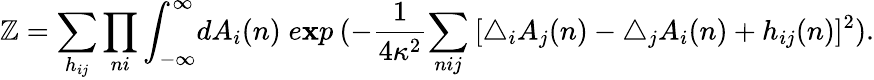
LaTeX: \mathbb{Z}=\sum_{h_{ij}}\prod_{ni}\int_{-\infty}^{\infty}\! dA_{i}(n)\; e\mathbf{x}p\: (-\frac{{1}}{{4\kappa^{2}}}{\sum_{nij}\: [\bigtriangleup_{i}A_{j}(n)-\bigtriangleup_{j}A_{i}(n)+h_{ij}(n)]^{2}}).